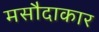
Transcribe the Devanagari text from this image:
मसौदाकार